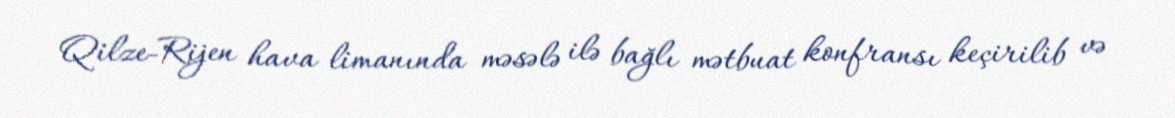
Qilze-Rijen hava limanında məsələ ilə bağlı mətbuat konfransı keçirilib və